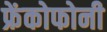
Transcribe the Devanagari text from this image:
फ्रेंकोफोनी